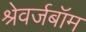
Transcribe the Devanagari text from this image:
श्रेवर्जबॉम